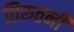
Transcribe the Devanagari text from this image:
तिरुतनी